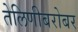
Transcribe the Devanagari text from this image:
तेलिणीबरोबर